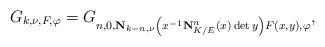
LaTeX: \begin{align*}G_{k, \nu, F, \varphi} = G_{n, 0, \mathbf{N}_{k-n, \nu}\left(x^{-1}\mathbf{N}_{K/E}^n(x)\det y\right)F(x, y), \varphi},\end{align*}